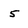
Character: 5